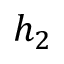
h _ { 2 }